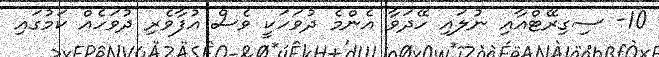
10- ސިގިރޭޓްއާއި ނުލައި ހޭދަވާ އެންމެ ދުވަހަކީ ވެސް އުފާވެރި ދުވަހެއް ކަމުގައި